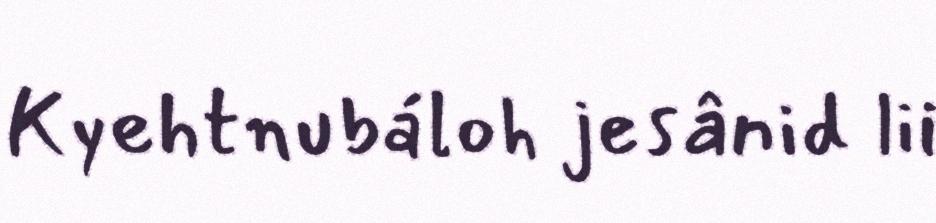
Kyehtnubáloh jesânid lii